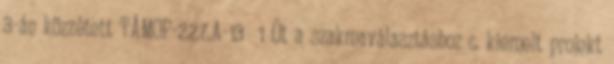
3-án közzétett TÁMOP-2.2.7.A-13 1 Út a szakmaválasztáshoz c. kiemelt projekt